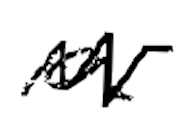
Text: a
Cross-out: zig-zag
Writing tool: digital_black